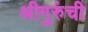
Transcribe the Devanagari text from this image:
श्रीगुरुंंची